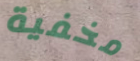
مخفية